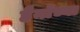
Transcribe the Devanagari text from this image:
हैनॉच्या